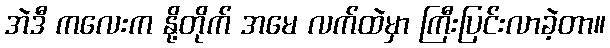
အဲဒီ ကလေးက နို့တိုက် အမေ လက်ထဲမှာ ကြီးပြင်းလာခဲ့တာ။